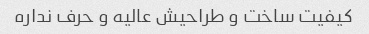
کیفیت ساخت و طراحیش عالیه و حرف نداره